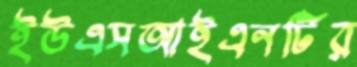
ইউএসআইএনটির